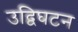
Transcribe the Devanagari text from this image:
उद्विघटन